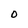
Character: O